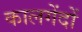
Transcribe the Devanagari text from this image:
कालगेंदों